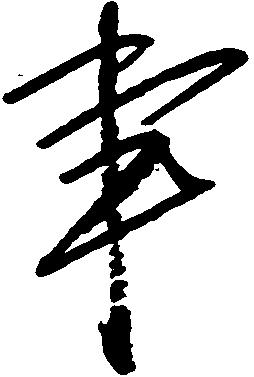
事